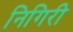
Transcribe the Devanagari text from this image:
निगिरी